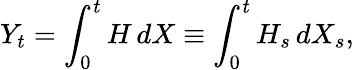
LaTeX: Y_{t}=\int_{0}^{t}H\, dX\equiv\int_{0}^{t}H_{s}\, dX_{s},